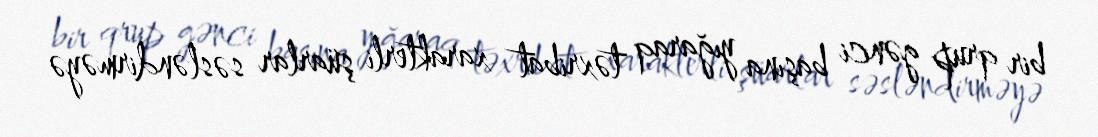
bir qrup gənci başına yığaraq təxribat xarakterli şüarlar səsləndirməyə